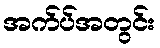
အက်ပ်အတွင်း